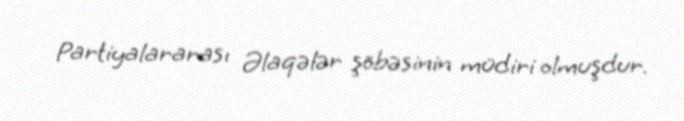
Partiyalararası Əlaqələr şöbəsinin müdiri olmuşdur.